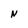
Character: N